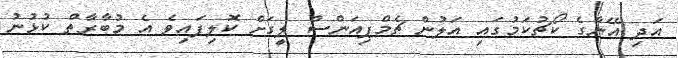
އަދި އޭނާގެ ކޯޗުކަމުގައި އަލުން ޗެމްޕިއަންސް ލީގަށް ކޮލިފައިވެ އެ މުބާރާތް ކުޅުނު